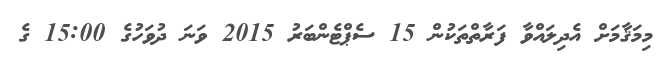
މިމަޤާމަށް އެދިލައްވާ ފަރާތްތަކުން 15 ސެޕްޓެންބަރު 2015 ވަނަ ދުވަހުގެ 15:00 ގެ